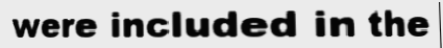
were included in the